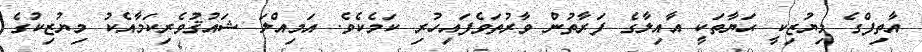
އާތިފްގެ މިޔުޒިކީ ޙަޔާތަކީ އާއިލާގެ ފަރާތުން ވާރުތަވެފައިހުރި ކަމެކެވެ. އަމިއްލަ ޝައުޤުވެރިކަމާއެކު މިޔުޒިކުގެ